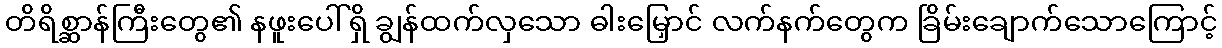
တိရိစ္ဆာန်ကြီးတွေ၏ နဖူးပေါ်ရှိ ချွန်ထက်လှသော ဓါးမြှောင် လက်နက်တွေက ခြိမ်းချောက်သောကြောင့်